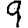
Digit: 9